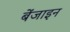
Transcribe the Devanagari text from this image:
बेंजाइन